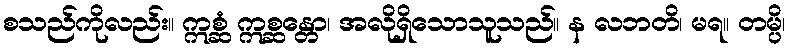
စသည်ကိုလည်း။ ဣစ္ဆံ ဣစ္ဆန္တော၊ အလိုရှိသောသူသည်။ န လဘတိ၊ မရ။ တမ္ပိ၊